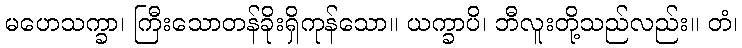
မဟေသက္ခာ၊ ကြီးသောတန်ခိုးရှိကုန်သော။ ယက္ခာပိ၊ ဘီလူးတို့သည်လည်း။ တံ၊